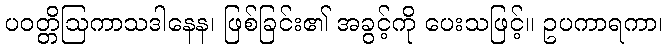
ပဝတ္တိဩကာသဒါနေန၊ ဖြစ်ခြင်း၏ အခွင့်ကို ပေးသဖြင့်။ ဥပကာရကာ၊